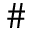
\#